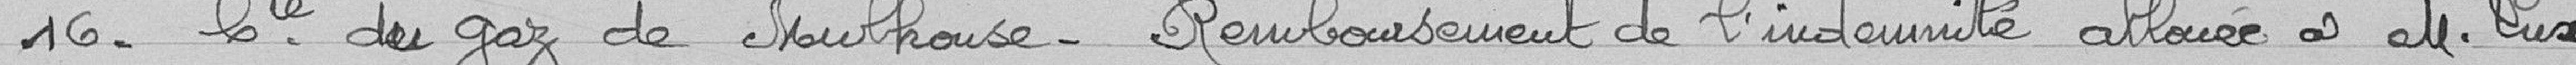
16- Compagnie du gaz de Mulhouse - remboursement de l'indemnité allouée à monsieur Lux